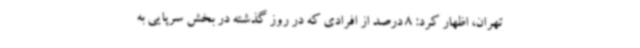
تهران، اظهار کرد: 8 درصد از افرادی که در روز گذشته در بخش سرپایی به